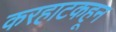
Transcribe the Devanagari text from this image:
करहाटकहून